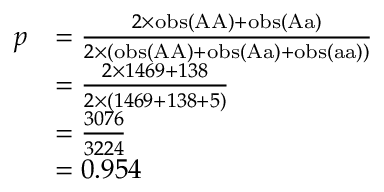
{ \begin{array} { r l } { p } & { = { \frac { 2 \times \mathrm { o b s } ( { \mathrm { A A } } ) + \mathrm { o b s } ( { \mathrm { A a } } ) } { 2 \times ( \mathrm { o b s } ( { \mathrm { A A } } ) + \mathrm { o b s } ( { \mathrm { A a } } ) + \mathrm { o b s } ( { \mathrm { a a } } ) ) } } } \\ & { = { \frac { 2 \times 1 4 6 9 + 1 3 8 } { 2 \times ( 1 4 6 9 + 1 3 8 + 5 ) } } } \\ & { = { \frac { 3 0 7 6 } { 3 2 2 4 } } } \\ & { = 0 . 9 5 4 } \end{array} }